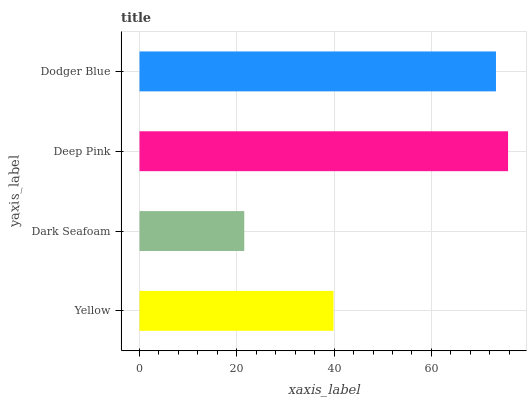
| yaxis_label | bars |
 | --- | --- |
 | Yellow | 39.9 |
 | Dark Seafoam | 21.5 |
 | Deep Pink | 75.8 |
 | Dodger Blue | 73.3 |